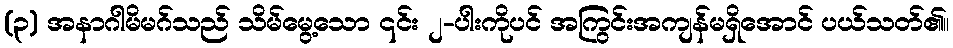
(၃) အနာဂါမိမဂ်သည် သိမ်မွေ့သော ၎င်း ၂-ပါးကိုပင် အကြွင်းအကျန်မရှိအောင် ပယ်သတ်၏။